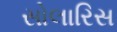
સોલારિસ